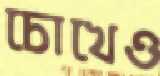
চোখেও